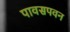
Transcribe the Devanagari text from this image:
पावसपवन